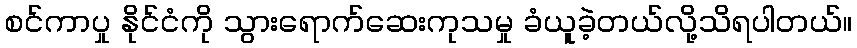
စင်ကာပှု နိုင်ငံကို သွားရောက်ဆေးကုသမှု ခံယူခဲ့တယ်လို့သိရပါတယ်။